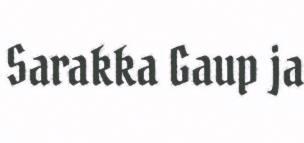
Sarakka Gaup ja